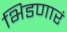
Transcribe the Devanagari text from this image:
भिडणारं